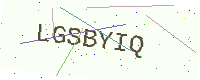
Text: LGSBYIQ